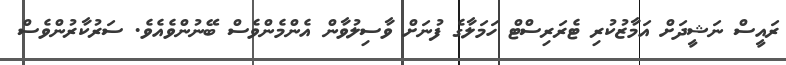
ރައީސް ނަޝީދަށް އަމާޒުކުރި ޓެރަރިސްޓް ހަމަލާގެ ފުނަށް ވާސިލުވާން އެންމެންވެސް ބޭނުންވެއެވެ. ސަރުކާރުންވެސް